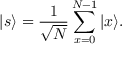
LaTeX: | s \rangle = { \frac { 1 } { \sqrt { N } } } \sum _ { x = 0 } ^ { N - 1 } | x \rangle .